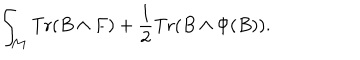
\int _ { \cal M } \mathrm { T r } ( B \wedge F ) + { \frac { 1 } { 2 } } \mathrm { T r } ( B \wedge \Phi ( B ) ) .